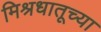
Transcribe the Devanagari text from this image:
मिश्रधातूच्या